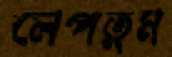
লেপতুম